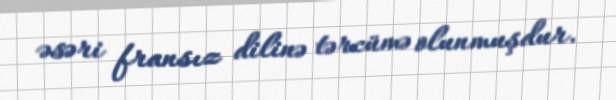
əsəri fransız dilinə tərcümə olunmuşdur.